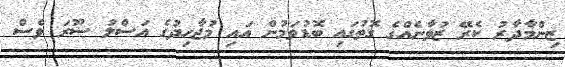
ޒިންމާދާރު ކެރޭ ޒުވާނެއްގެ ގޮތުގައި ބޮޑުވަމުން އައި މުޖާހިދުގެ އަސްލު ސޫރަ ވެސް